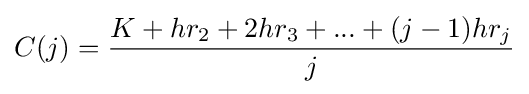
C(j)={\frac {K+hr_{2}+2hr_{3}+...+(j-1)hr_{j}}{j}}